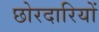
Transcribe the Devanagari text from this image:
छोरदारियों